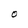
Character: O